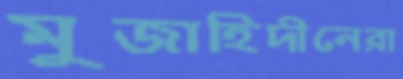
মুজাহিদীনেরা